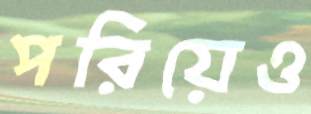
পরিয়েও